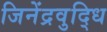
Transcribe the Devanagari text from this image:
जिनेंद्रवुद्धि